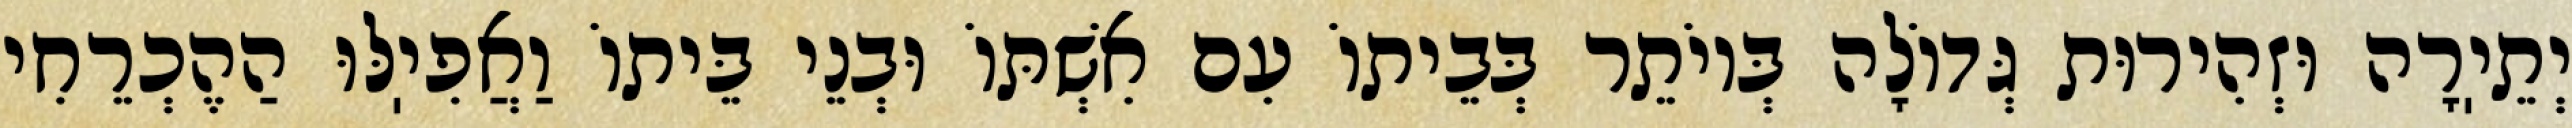
יְתֵיֽרָה וּזְהִירוּת גְּדוֹלָה בְּיוֹתֵר בְּבֵיתוֹ עִם אִשְׁתּוֹ וּבְנֵי בֵּיתוֹ וַאֲפִיֽלּוּ הַהֶכְרֵחִי